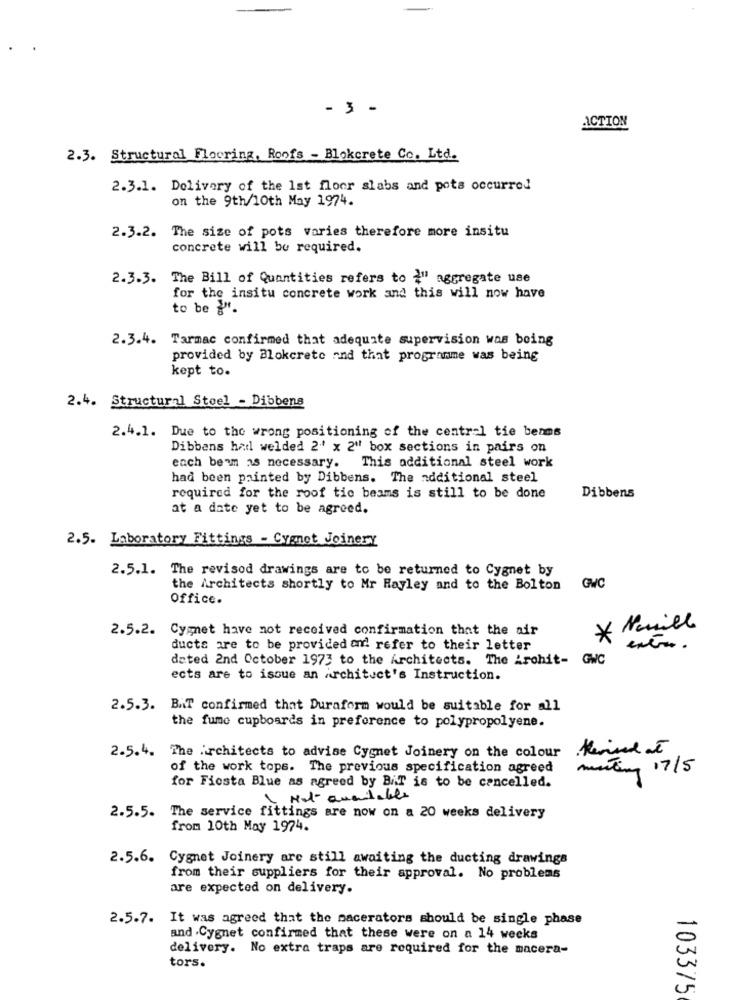
- 3 -
ACTION
2.3. Structural Flooring, Roofs - Blokerete Co. Ltd.
2.3.1. Delivery of the 1st floor slabs and pots occurred
on the 9th/10th May 1974.
2.3.2. The size of pots varies therefore more insitu
concrete will be required.
2.3.3. The Bill of Quantities refers to 2" aggregate use
for the insitu concrete work and this will now have
to be 8".
2.3.4. Tarmac confirmed that adequate supervision was being
provided by Blokcrete and that programme was being
kept to.
2.4. Structural Steel - Dibbens
2.4.1. Due to the wrong positioning of the central tie benms
Dibbens had welded 2.0 x 2"' box sections in pairs on
each beam as necessary.
This additional steel work
had been painted by Dibbens. The additional steel
required for the roof tic beams is still to be done
Dibbens
at a date yet to be agreed.
2.5. Laboratory Fittings - Cymet Joinery
2.5.1. The revisod drawings are to be returned to Cygnet by
the Architects shortly to Mr Hayley and to the Bolton
GWC
Office.
2.5.2. Cygnet have not received confirmation that the air
Neill
*
ducts are to be provided and refer to their letter
dated 2nd October 1973 to the Architects. The Arohit- GWC
ects are to issue an Architect's Instruction.
2.5.3. BAT confirmed that Duraform would be suitable for all
the fume cupboards in preference to polypropolyene.
2.5.4. The Architects to advise Cygnet Joinery on the colour
of the work tops. The previous specification agreed
mustang 17/5
for Fiesta Blue as agreed by B.T is to be cancelled.
1 Mot Questable
2.5.5. The service fittings are now on a 20 weeks delivery
from 10th May 1974.
2.5.6.
Cygnet Joinery are still awaiting the ducting drawings
from their suppliers for their approval. No problems
are expected on delivery.
2.5.7. It was agreed that the macerators should be single phase
and .Cygnet confirmed that these were on a 14 weeks
delivery. No extra traps are required for the macera-
tors.
103375